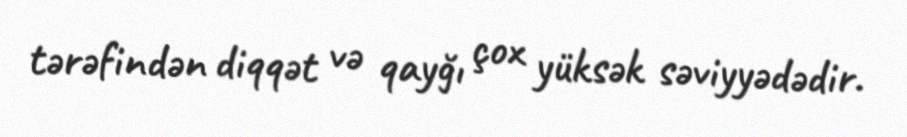
tərəfindən diqqət və qayğı çox yüksək səviyyədədir.